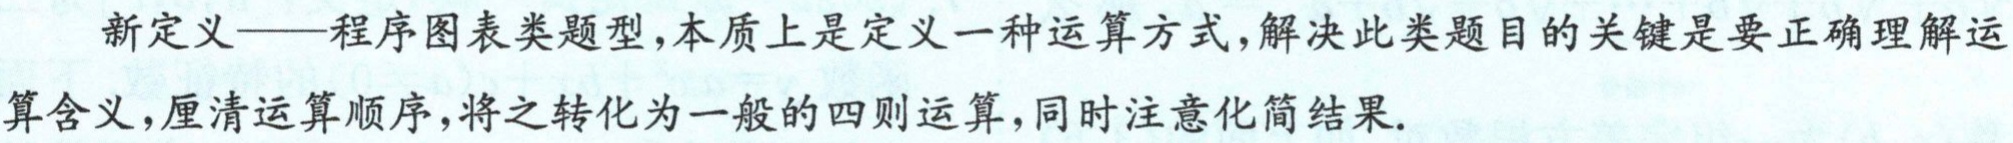
新定义——程序图表类题型,本质上是定义一种运算方式,解决此类题目的关键是要正确理解运算含义,厘清运算顺序,将之转化为一般的四则运算,同时注意化简结果.